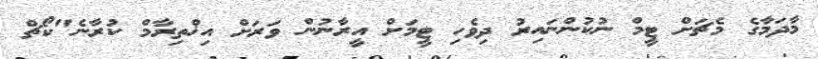
މާދަމާގެ މެޗަށް ޓީމް ނުކުންނައިރު ދިވެހި ޓީމަށް އީރާނުން ވަރަށް އިޚްތިރާމް ކުރާނެ"ކޯޗް